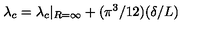
\lambda _ { c } = \lambda _ { c } | _ { R = \infty } + ( \pi ^ { 3 } / 1 2 ) ( \delta / L )